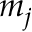
m _ { j }